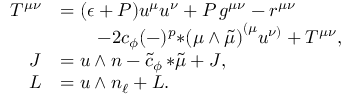
\begin{array} { r l } { T ^ { \mu \nu } } & { = ( \epsilon + P ) u ^ { \mu } u ^ { \nu } + P \, g ^ { \mu \nu } - r ^ { \mu \nu } } \\ & { \qquad - 2 c _ { \phi } ( - ) ^ { p } { * ( \mu \wedge \tilde { \mu } ) } ^ { ( \mu } u ^ { \nu ) } + { \cal T } ^ { \mu \nu } , } \\ { J } & { = u \wedge n - \tilde { c } _ { \phi } \, { * \tilde { \mu } } + { \cal J } , } \\ { L } & { = u \wedge n _ { \ell } + { \cal L } . } \end{array}